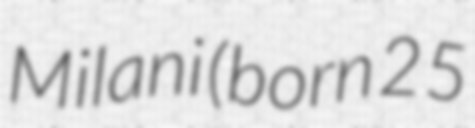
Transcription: Milani (born 25